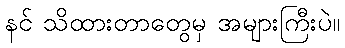
နင် သိထားတာတွေမှ အများကြီးပဲ။